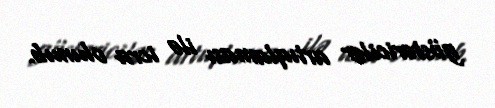
göstəricilər artıqlaması ilə icra olunub.